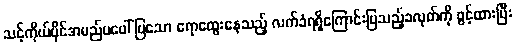
သင့်ကိုယ်ပိုင်အမည်မဖေါ်ပြသော ရောထွေးနေသည့် လက်ခံရရှိကြောင်းပြသည့်ခလုတ်ကို ဖွင့်ထားပြီး